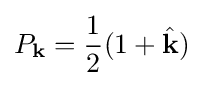
P_{\mathbf {k} }={\frac {1}{2}}(1+{\hat {\mathbf {k} }})